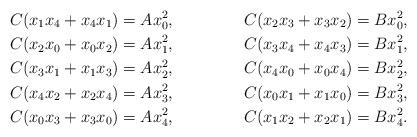
LaTeX: \begin{align*}C(x_1x_4+x_4x_1) = Ax_0^2, &&C(x_2x_3+x_3x_2) = Bx_0^2,\\C(x_2x_0+x_0x_2) = Ax_1^2, &&C(x_3x_4+x_4x_3) = Bx_1^2,\\C(x_3x_1+x_1x_3) = Ax_2^2, &&C(x_4x_0+x_0x_4) = Bx_2^2,\\C(x_4x_2+x_2x_4) = Ax_3^2, &&C(x_0x_1+x_1x_0) = Bx_3^2,\\C(x_0x_3+x_3x_0) = Ax_4^2, &&C(x_1x_2+x_2x_1) = Bx_4^2.\end{align*}